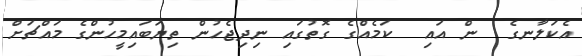
އެކަލާނގެ  ން އައި  ކަމެއްގެ ގޮތުގައި ނިދިޖެހުން ތިޔަބައިމީހުންގެ މައްޗަށް